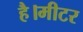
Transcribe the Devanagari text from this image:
है।मीटर